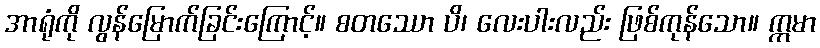
အာရုံကို လွန်မြောက်ခြင်းကြောင့်။ စတဿော ပိ၊ လေးပါးလည်း ဖြစ်ကုန်သော။ ဣမာ